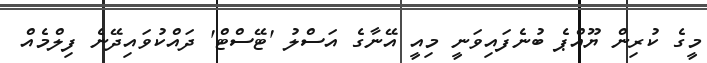
މީގެ ކުރިން ޔޫއްޕެ ބުނެފައިވަނީ މިއީ އޭނާގެ އަސްލު 'ޓޭސްޓް' ދައްކުވައިދޭނެ ފިލްމެއް